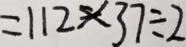
= 1 1 2 \times 3 7 \div 2